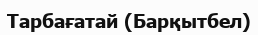
Тарбағатай (Барқытбел)